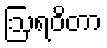
ဩရဝိတာ